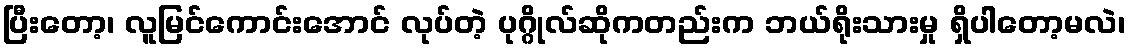
ပြီးတော့၊ လူမြင်ကောင်းအောင် လုပ်တဲ့ ပုဂ္ဂိုလ်ဆိုကတည်းက ဘယ်ရိုးသားမှု ရှိပါတော့မလဲ၊